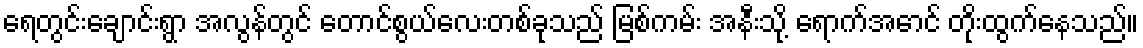
ရေတွင်းချောင်းရွာ အလွန်တွင် တောင်စွယ်လေးတစ်ခုသည် မြစ်ကမ်း အနီးသို့ ရောက်အောင် တိုးထွက်နေသည်။